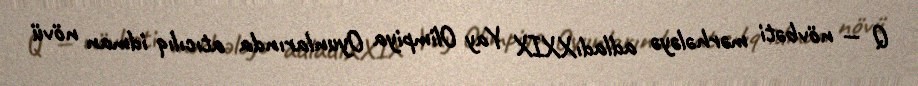
Q — növbəti mərhələyə adladıXXIX Yay Olimpiya Oyunlarında atıcılıq idman növü